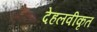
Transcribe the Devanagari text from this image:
देहलवीकृत